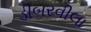
ડીબરવીલા